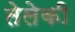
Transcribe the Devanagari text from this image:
तेलेकी